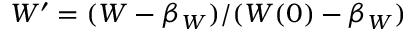
W ^ { \prime } = ( W - \beta _ { W } ) / ( W ( 0 ) - \beta _ { W } )